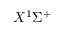
X ^ { 1 } \Sigma ^ { + }